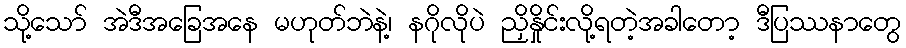
သို့သော် အဲဒီအခြေအနေ မဟုတ်ဘဲနဲ့၊ နဂိုလိုပဲ ညှိနှိုင်းလို့ရတဲ့အခါတော့ ဒီပြဿနာတွေ